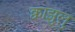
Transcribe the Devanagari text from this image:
क्वाझुलु